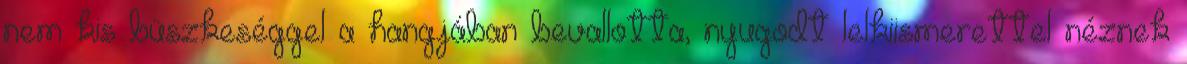
nem kis büszkeséggel a hangjában bevallotta, nyugodt lelkiismerettel néznek